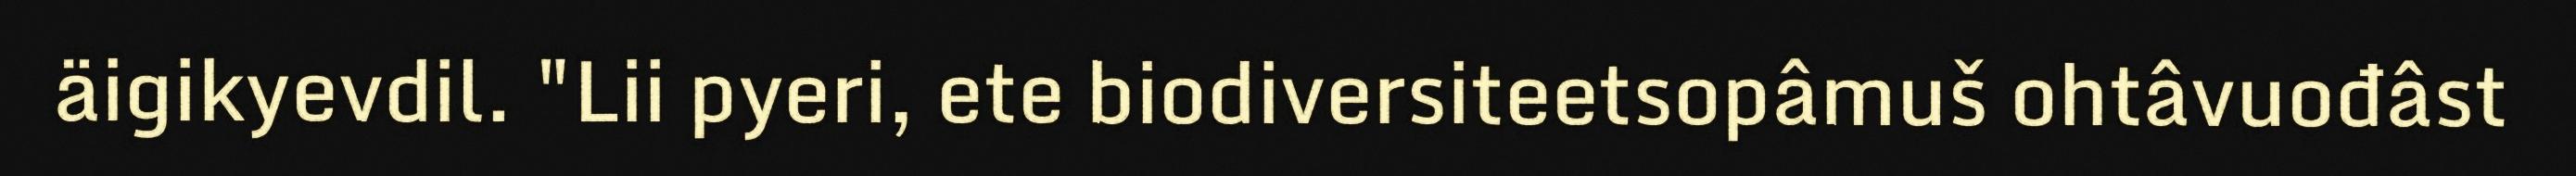
äigikyevdil. "Lii pyeri, ete biodiversiteetsopâmuš ohtâvuođâst